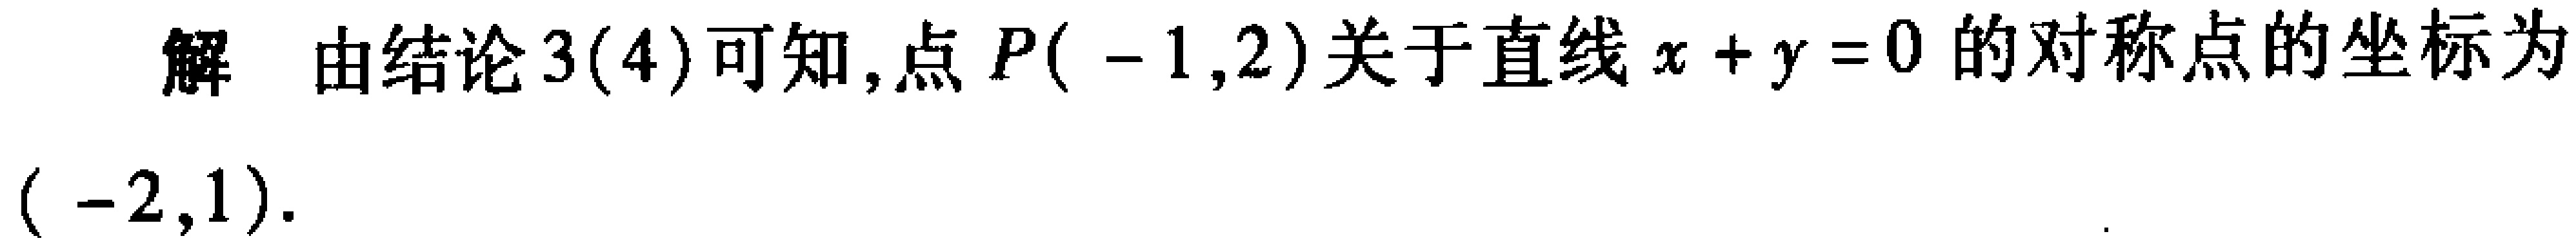
解 由结论3(4)可知,点\(P(-1,2)\)关于直线\(x + y = 0\)的对称点的坐标为\((-2,1)\).